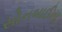
સોનબાઈના